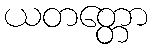
ယတတ္တော